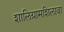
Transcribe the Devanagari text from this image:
शालिग्रामशिलावा